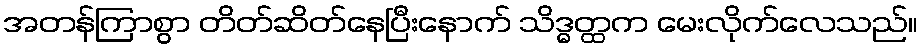
အတန်ကြာစွာ တိတ်ဆိတ်နေပြီးနောက် သိဒ္ဓတ္ထက မေးလိုက်လေသည်။